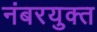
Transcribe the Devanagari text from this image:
नंबरयुक्त